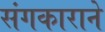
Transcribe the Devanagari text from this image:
संगकाराने